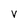
Character: v